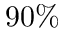
9 0 \%